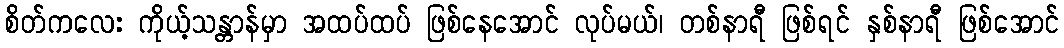
စိတ်ကလေး ကိုယ့်သန္တာန်မှာ အထပ်ထပ် ဖြစ်နေအောင် လုပ်မယ်၊ တစ်နာရီ ဖြစ်ရင် နှစ်နာရီ ဖြစ်အောင်